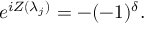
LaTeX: e ^ { i Z ( \lambda _ { j } ) } = - ( - 1 ) ^ { \delta } .